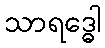
သာရဒ္ဓေါ